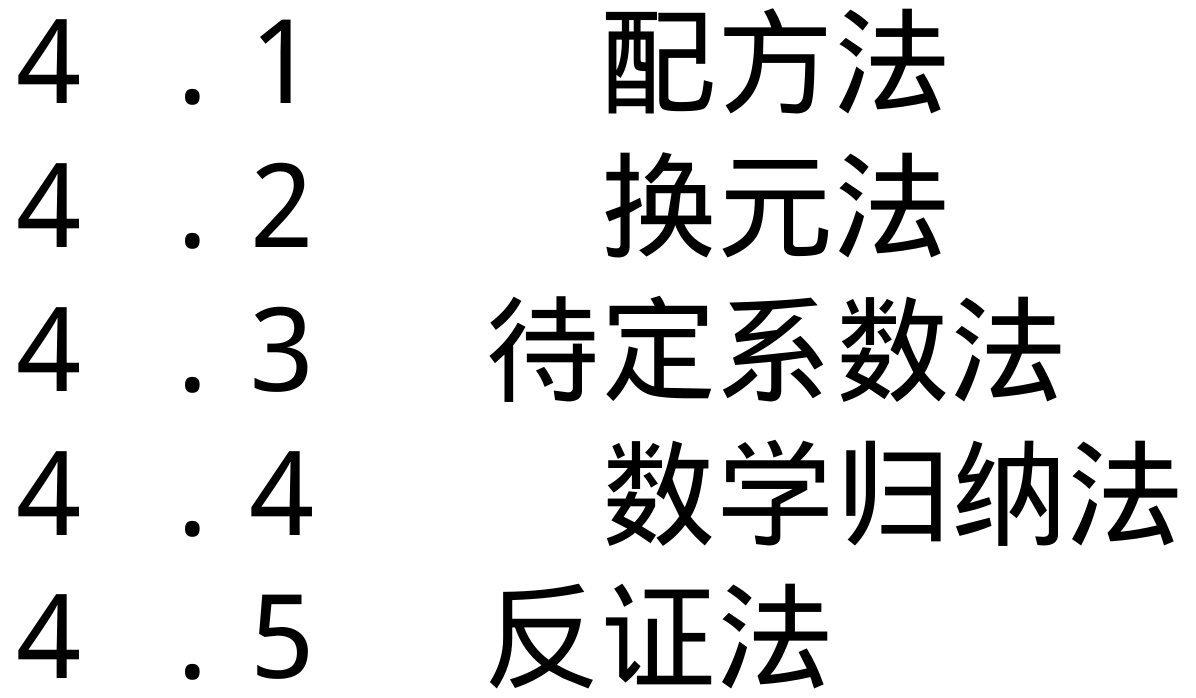
4.1 配方法
4.2 换元法
4.3 待定系数法
4.4 数学归纳法
4.5 反证法